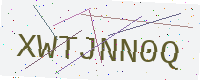
Text: XWTJNN0Q